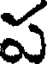
ప